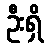
ဦးရှိ